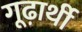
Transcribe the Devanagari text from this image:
गूढ़ार्थी